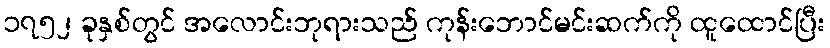
၁၇၅၂ ခုနှစ်တွင် အလောင်းဘုရားသည် ကုန်းဘောင်မင်းဆက်ကို ထူထောင်ပြီး